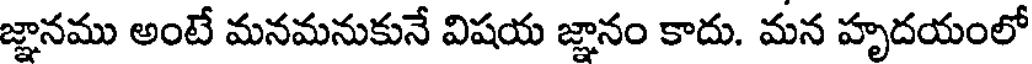
జ్ఞానము అంటే మనమనుకునే విషయ జ్ఞానం కాదు. మన హృదయంలో